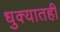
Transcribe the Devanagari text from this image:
धुक्यातही